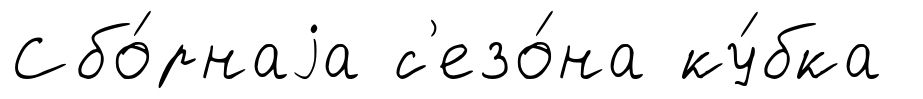
Сбо́рнаjа с'езо́на ку́бка